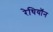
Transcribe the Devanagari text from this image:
रेथियॉन